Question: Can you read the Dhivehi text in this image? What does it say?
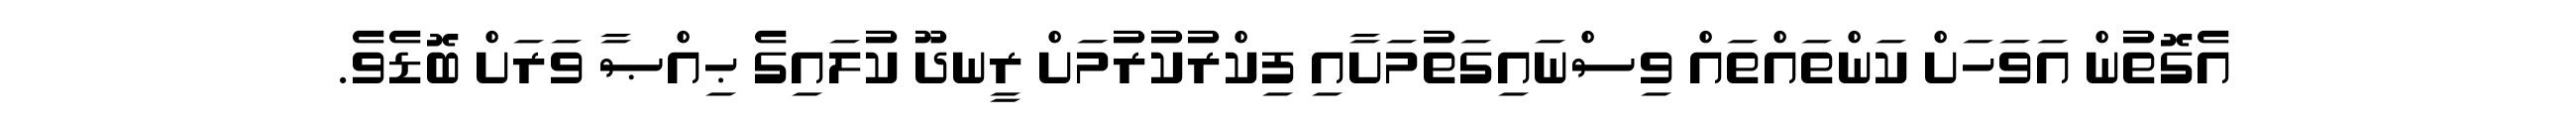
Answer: އެގޮތުން އަވަހަށް ކަންތައްތައް ވިސްނައިގަތުމަށާއި ފިކްރުކުރުމަށް ރީނދޫ ކުލައިގެ ޙިއްޞާ ވަރަށް ބޮޑެވެ.